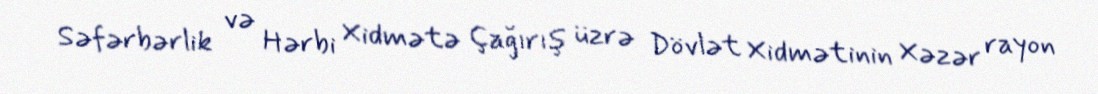
Səfərbərlik və Hərbi Xidmətə Çağırış üzrə Dövlət Xidmətinin Xəzər rayon